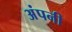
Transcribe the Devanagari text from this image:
अंपनी